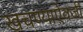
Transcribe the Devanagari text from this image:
खचण्याऐवजी